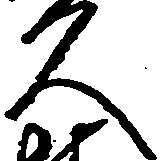
久